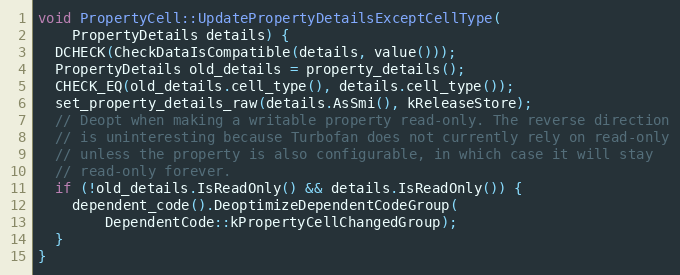
Language: C
void PropertyCell::UpdatePropertyDetailsExceptCellType(
    PropertyDetails details) {
  DCHECK(CheckDataIsCompatible(details, value()));
  PropertyDetails old_details = property_details();
  CHECK_EQ(old_details.cell_type(), details.cell_type());
  set_property_details_raw(details.AsSmi(), kReleaseStore);
  // Deopt when making a writable property read-only. The reverse direction
  // is uninteresting because Turbofan does not currently rely on read-only
  // unless the property is also configurable, in which case it will stay
  // read-only forever.
  if (!old_details.IsReadOnly() && details.IsReadOnly()) {
    dependent_code().DeoptimizeDependentCodeGroup(
        DependentCode::kPropertyCellChangedGroup);
  }
}